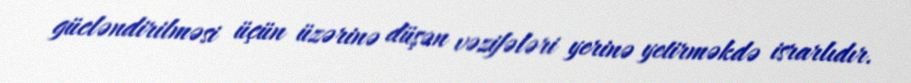
gücləndirilməsi üçün üzərinə düşən vəzifələri yerinə yetirməkdə israrlıdır.